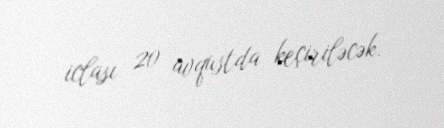
iclası 20 avqustda keçiriləcək.